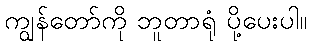
ကျွန်တော်ကို ဘူတာရုံ ပို့ပေးပါ။